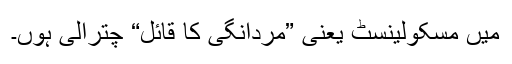
میں مسکولینِسٹ یعنی ”مردانگی کا قائل“ چترالی ہوں۔